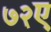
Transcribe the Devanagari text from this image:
७२ए